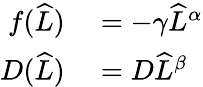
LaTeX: \begin{array}{rl}{f(\widehat{L})}&{{}=-\gamma\widehat{L}^{\alpha}}\\ {D(\widehat{L})}&{{}=D\widehat{L}^{\beta}}\end{array}